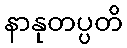
နာနုတပ္ပတိ